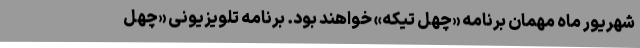
شهریور ماه مهمان برنامه «چهل تیکه» خواهند بود. برنامه تلویزیونی «چهل